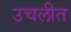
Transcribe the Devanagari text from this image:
उचलीत